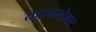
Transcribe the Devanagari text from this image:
साइफरटेक्स्ट